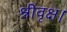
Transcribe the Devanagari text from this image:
श्रीवृक्ष।